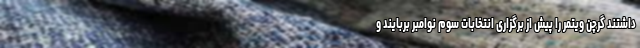
داشتند گرچن ویتمر را پیش از برگزاری انتخابات سوم نوامبر بربایند و